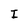
Character: I